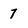
Character: 7